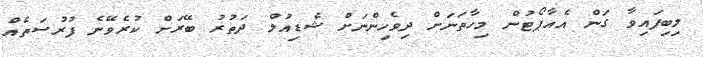
ލިބިފައިވާ ގަން އެއާޕޯޓުން މިހާތަނަށް ދިވެހިންނަށް ޝެޑިއުލް ދަތުރު ބޭރަށް ކުރެވޭނެ ފުރުސަތެއް